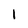
Character: I